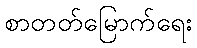
စာတတ်မြောက်ရေး